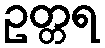
ဥတ္တရ